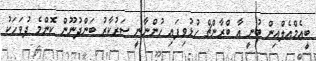
ބީއެމްއެލްއިން ބުނީ އާ ބްރާންޗް ހުޅުވިފައި ހުންނާނީ ސަރުކާރު ބަންދުނޫން ކޮންމެ ދުވަހަކު